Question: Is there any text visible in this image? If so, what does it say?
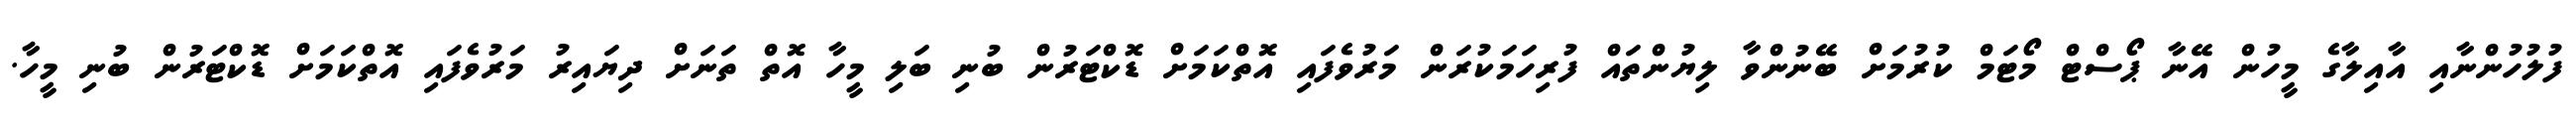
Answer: ފުލުހުންނާއި އާއިލާގެ މީހުން އޭނާ ޕޯސްޓް މޯޓަމް ކުރުމަށް ބޭނުންވާ ލިޔުންތައް ފުރިހަމަކުރަން މަރުވެފައި އޮތްކަމަށް ޑޮކްޓަރުން ބުނި ބަލި މީހާ އޮތް ތަނަށް ދިޔައިރު މަރުވެފައި އޮތްކަމަށް ޑޮކްޓަރުން ބުނި މީހާ.